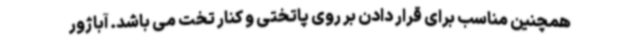
همچنین مناسب برای قرار دادن بر روی پاتختی و کنار تخت می باشد. آباژور